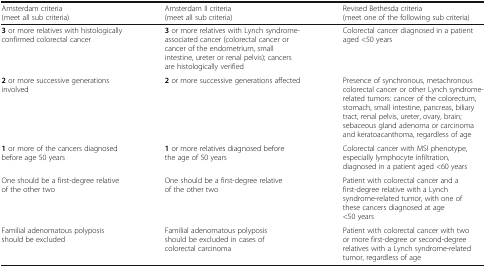
<table><thead><tr><td><b>Amsterdam criteria(meet all sub criteria)</b></td><td><b>Amsterdam II criteria(meet all sub criteria)</b></td><td><b>Revised Bethesda criteria(meet one of the following sub criteria)</b></td></tr></thead><tbody><tr><td><b>3</b> or more relatives with histologically confirmed colorectal cancer</td><td><b>3</b> or more relatives with Lynch syndrome-associated cancer (colorectal cancer or cancer of the endometrium, small intestine, ureter or renal pelvis); cancers are histologically verified</td><td>Colorectal cancer diagnosed in a patient aged &lt;50 years</td></tr><tr><td><b>2</b> or more successive generations involved</td><td><b>2</b> or more successive generations affected</td><td>Presence of synchronous, metachronous colorectal cancer or other Lynch syndrome-related tumors: cancer of the colorectum, stomach, small intestine, pancreas, biliary tract, renal pelvis, ureter, ovary, brain; sebaceous gland adenoma or carcinoma and keratoacanthoma, regardless of age</td></tr><tr><td><b>1</b> or more of the cancers diagnosed before age 50 years</td><td><b>1</b> or more relatives diagnosed before the age of 50 years</td><td>Colorectal cancer with MSI phenotype, especially lymphocyte infiltration, diagnosed in a patient aged &lt;60 years</td></tr><tr><td>One should be a first-degree relative of the other two</td><td>One should be a first-degree relative of the other two</td><td>Patient with colorectal cancer and a first-degree relative with a Lynch syndrome-related tumor, with one of these cancers diagnosed at age &lt;50 years</td></tr><tr><td>Familial adenomatous polyposis should be excluded</td><td>Familial adenomatous polyposis should be excluded in cases of colorectal carcinoma</td><td>Patient with colorectal cancer with two or more first-degree or second-degree relatives with a Lynch syndrome-related tumor, regardless of age</td></tr></tbody></table>